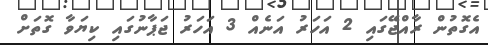
އެގޮތުން ރާއްޖޭގައި 2 އަހަރު އަނެއް 3 އަހަރު ޖަޕާނުގައި ކިޔަވާ ގޮތަށް